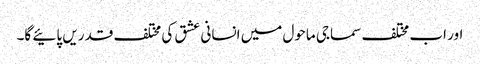
اور اب مختلف سماجی ماحول میں انسانی عشق کی مختلف قدریں پائیے گا۔